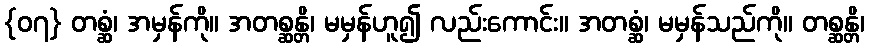
{၀၇} တစ္ဆံ၊ အမှန်ကို။ အတစ္ဆန္တိ၊ မမှန်ဟူ၍ လည်းကောင်း။ အတစ္ဆံ၊ မမှန်သည်ကို။ တစ္ဆန္တိ၊